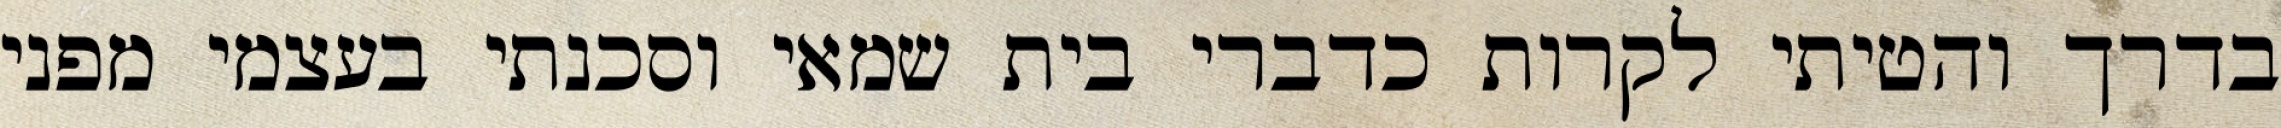
בדרך והטיתי לקרות כדברי בית שמאי וסכנתי בעצמי מפני